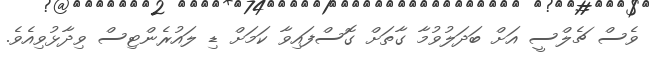
ވެސް ޗެލްސީ އަށް ބަދަލުވުމާ ގާތަށް ގޮސްފައިވާ ކަމަށް ޑި ލައުރެންޓިސް ވިދާޅުވިއެވެ.